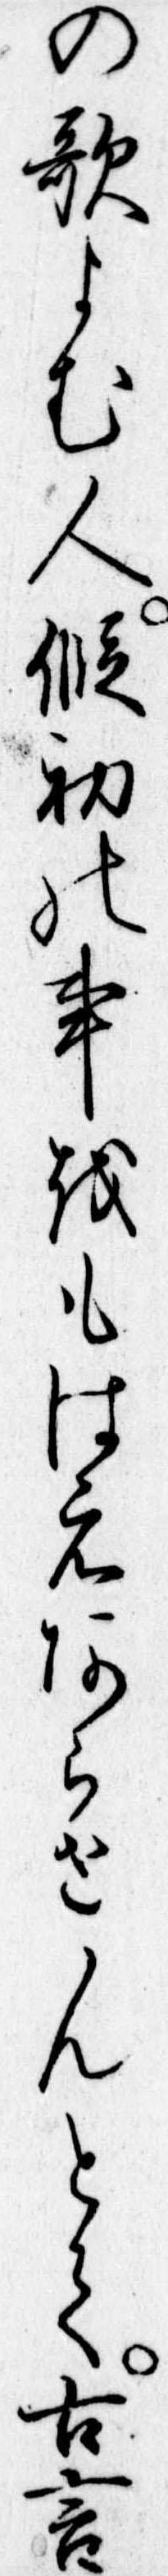
の歌よむ人仮初の事をもはえあらせんとて古言